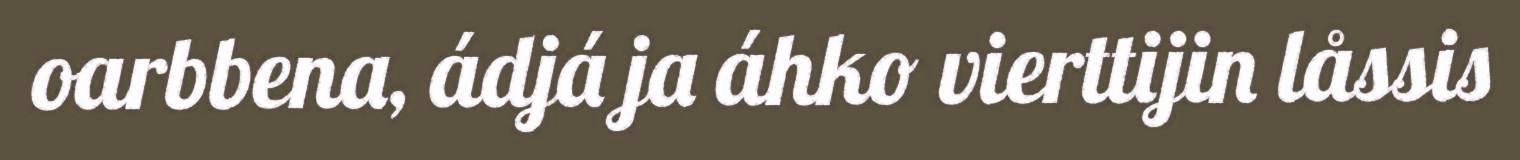
oarbbena, ádjá ja áhko vierttijin låssis